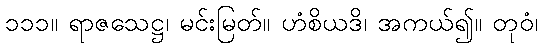
၁၁၁။ ရာဇသေဋ္ဌ၊ မင်းမြတ်။ ဟံစိယဒိ၊ အကယ်၍။ တုဝံ၊